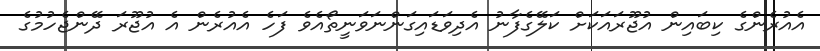
އެއުރެންގެ ކިބައިން އުޖޫރައަކަށް ކަލޭގެފާނު އެދިވަޑައިގަންނަވަނީތޯއެވެ ފަހެ އެއުރެން އެ އުޖޫރަ ދޭންޖެހުމުގެ